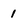
Character: 1